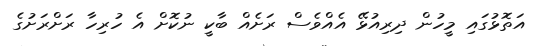
އަތޮޅުގައި މީހުން ދިރިއުޅޭ އެއްވެސް ރަށެއް ބާކީ ނުކޮށް އެ ހުރިހާ ރަށްރަށުގެ